Lunatic asylums Central Provinces reports 1874-1885 - 1874-1885
Year: 1874
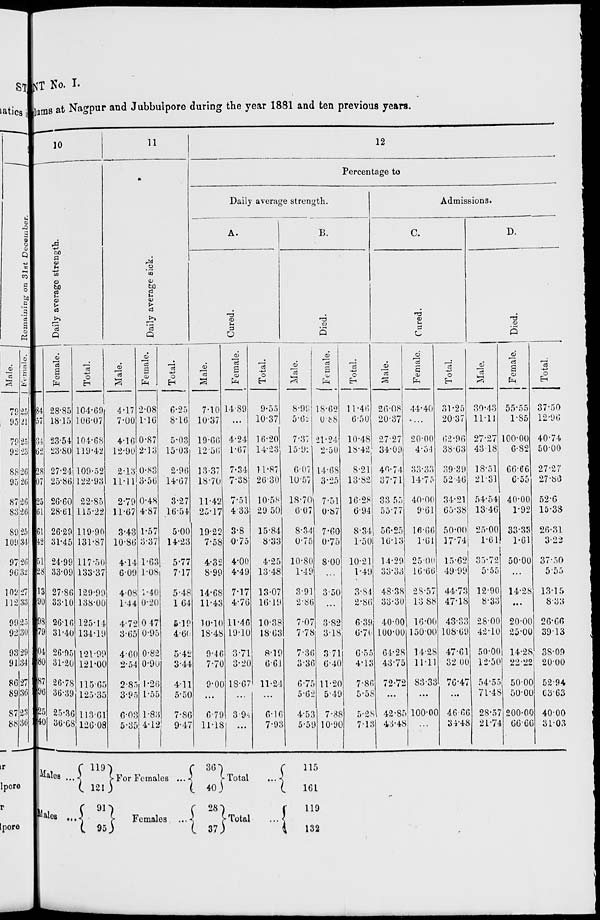
NT No. I.
lums at Nagpur and Jubbulpore during the year 1881 and ten previous years.
10
Daily average strength.
Male.
84
57
34
62
28
07
25
61
61
42
51
28
13
90
98
79
04
80
87
96
25
40
Female.
28.85
18.15
23.54
23.80
27.24
25.86
26.60
28.61
26.29
31.45
24.99
33.09
27.86
33.10
26.16
31.40
26.95
31.20
26.78
36.39
25.36
36.68
Total.
104.69
106.07
104.68
119..42
109.52
122.93
22.85
115.22
119.90
131.87
117.50
133.37
129.99
138.00
125.14
134.19
121.99
121.00
115.65
125.35
113.61
126.08
11
Daily average sick.
Male.
4.17
7.00
4.16
12.90
2.13
11.11
2.79
11.67
3.43
10.86
4.14
6.09
4.08
1.44
4.72
3.65
4.60
2.54
2.85
3.95
6.03
5.35
Female.
2.08
1.16
0.87
2.13
0.83
3.56
0.48
4.87
1.57
3.37
1.63
1.08
1.40
0.20
0.47
0.95
0.82
0.90
1.26
1.55
1.83
4.12
Total.
6.25
8.16
5.03
15.03
2.96
14.67
3.27
16.54
5.00
14.23
5.77
7.17
5.48
1.64
5.19
4.60
5.42
3.44
4.11
5.50
7.86
9.47
12
Percentage to
Daily average strength.
A.
Cured.
Male.
7.10
10.37
19.66
12.56
13.37
18.70
11.42
25.17
19.22
7.58
4.32
8.99
14.68
11.43
10.10
18.48
9.46
7.70
9.00
...
6.79
11.18
Female.
14.89
...
4.24
1.67
7.34
7.38
7.51
4.33
3.8
0.75
4.00
4.49
7.17
4.76
11.46
19.10
3.71
3.20
18.67
...
3.94
...
Total.
9.55
10.37
16.20
14.23
11.87
26.30
10.58
29 50
15.84
8.33
4.25
13.48
13.07
16.19
10.38
18.63
8.19
6.61
11.24
...
6.16
7.93
B.
Died.
Male.
8.99
5.62
7.37
15.92
6.07
10.57
18.70
6.07
8.34
0.75
10.80
1.49
3.91
2.86
7.07
7.78
7.36
3.36
6.75
5.62
4.53
5.59
Female.
18.62
0.88
21.24
2.50
14.68
3.25
7.51
0.87
7.60
0.75
8.00
...
3.50
...
3.82
3.18
3.71
6.40
11.20
5 49
7.88
10.90
Total.
11.46
6.50
10.48
18.42
8.21
13.82
16.28
6.94
8.34
1.50
10.21
1.49
3.84
2.86
6.39
6.70
6.55
4.13
7.86
5.58
5.28
7.13
Admissions.
C.
Cured.
Male.
26.08
20.37
27.27
34.09
40.74
37.71
33.55
55.77
56.25
16.13
14.29
33.33
48.38
33.30
40.00
100.00
64.28
43.75
72.72
...
42.85
43.48
Female.
44.40
...
20.00
4.54
33.33
14.75
40.00
9.61
16.66
1.61
25.00
16.66
28.57
13.88
16.00
150.00
14.28
11.11
83.33
...
100.00
...
Total.
31.25
20.37
62.96
38.63
39.39
52.46
34.21
65.38
50.00
17.74
15.62
49.99
44.73
47.18
43.33
108.69
47.61
32.00
76.47
...
46.66
34.48
D.
Died.
Male.
30.43
11.11
27.27
43.18
18.51
21.31
54.54
13.46
25.00
1.61
35.72
5.55
12.90
8.33
28.00
42.10
50.00
12.50
54.55
71.48
28.57
21.74
Female.
55.55
1.85
100.00
6.82
66.66
6.55
40.00
1.92
33.33
1.61
50.00
...
14.28
...
20.00
25.00
14.28
22.22
50.00
50.00
200.00
66.66
Total.
37.50
12.96
40.74
50.00
27.27
27.86
52.6
15.38
26.31
3.22
37.50
5.55
13.15
8.33
26.66
39.13
38.09
20.00
52.94
63.63
40.00
31.03
Males ...
Males ...
119.
121
91
95
For Females ...
Females
...
36
40
28
37
Total
Total ...
115
161
119
132